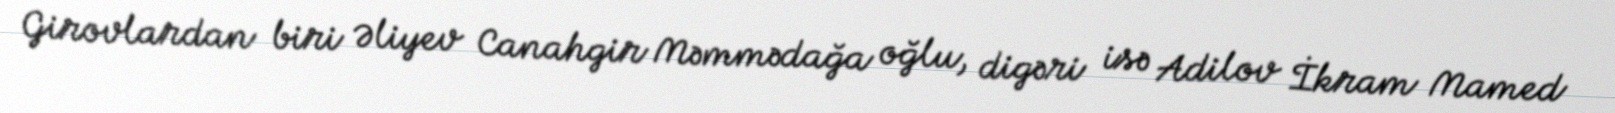
Girovlardan biri Əliyev Canahgir Məmmədağa oğlu, digəri isə Adilov İkram Mamed